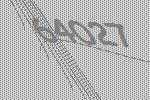
64027